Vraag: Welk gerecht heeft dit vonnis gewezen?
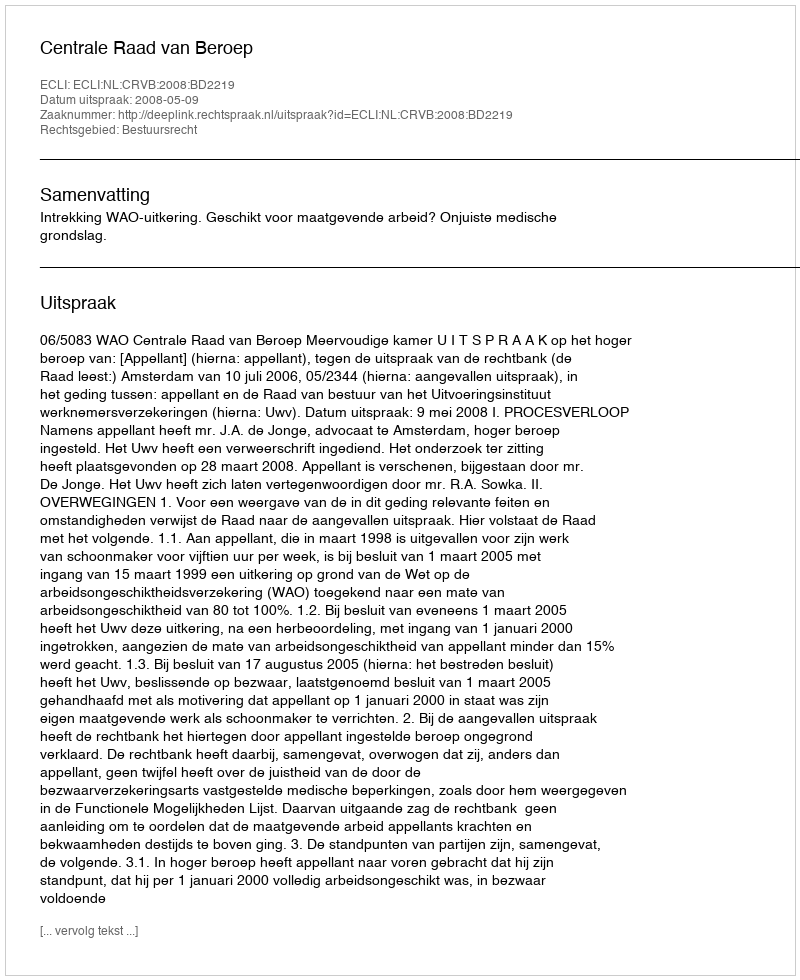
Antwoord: Centrale Raad van Beroep